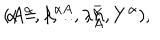
LaTeX: ( A ^ { \alpha } , \lambda ^ { \alpha A } , \lambda _ { A } ^ { \bar { \alpha } } , Y ^ { \alpha } ) , \hspace { 0 . 3 c m } \alpha = 1 , \ldots , n